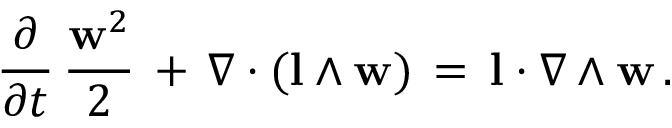
\frac { \partial } { \partial t } \, \frac { { \bf w } ^ { 2 } } { 2 } \, + \, \nabla \cdot ( { \bf l } \wedge { \bf w } ) \, = \, { \bf l } \cdot \nabla \wedge { \bf w } \, .